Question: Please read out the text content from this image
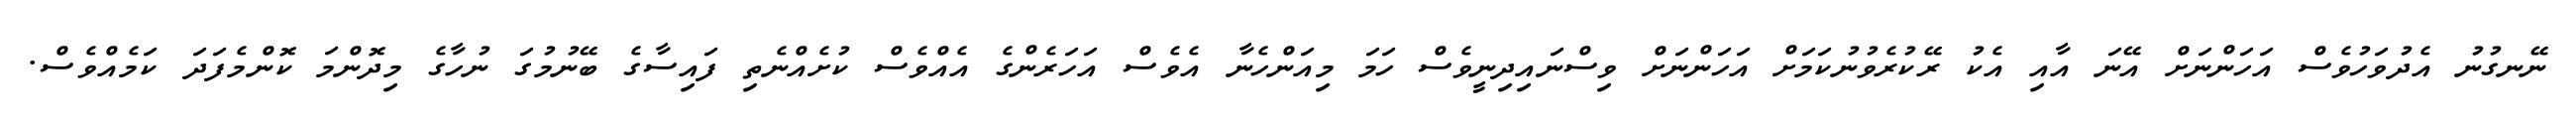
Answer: ނޭނގުނު އެދުވަހުވެސް އަހަންނަށް އޭނަ އާއި އެކު ރޭކުރެވުނުކަމަށް އަހަންނަށް ވިސްނައިދިނީވެސް ހަމަ މިއަންހެނާ އެވެސް އަހަރެންގެ އެއްވެސް ކުށެއްނެތި ފައިސާގެ ބޭނުމުގަ ނުހާގެ މިދޮންމަ ކޮންމެފަދަ ކަމެއްވެސް.